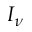
I _ { \nu }